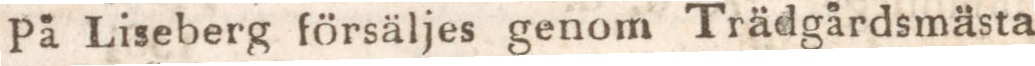
På Liseberg försäljes genom Trädgårdsmästa-